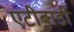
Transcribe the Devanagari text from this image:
एटीबाडी